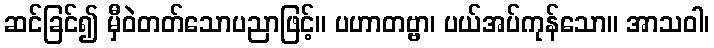
ဆင်ခြင်၍ မှီဝဲတတ်သောပညာဖြင့်။ ပဟာတဗ္ဗာ၊ ပယ်အပ်ကုန်သော။ အာသဝါ၊